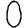
Digit: 0